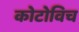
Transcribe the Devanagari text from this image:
कोटोविच